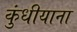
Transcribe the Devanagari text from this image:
कुंधीयाना